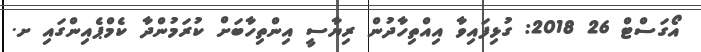
އޯގަސްޓް 26 2018: ގުޅިފައިވާ އިއްތިހާދުން ރިޔާސީ އިންތިހާބަށް ކުރަމުންދާާ ކެމްޕެއިންގައި ށ.